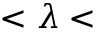
< \lambda <